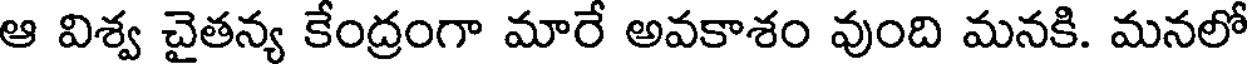
ఆ విశ్వ చైతన్య కేంద్రంగా మారే అవకాశం వుంది మనకి. మనలో